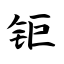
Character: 钜